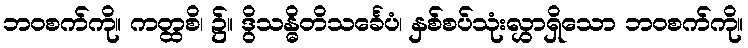
ဘဝစက်ကို။ ကတ္ထစိ၊ ၌။ ဒွိသန္ဓိတိသင်္ခေပံ၊ နှစ်စပ်သုံးလွှာရှိသော ဘဝစက်ကို။